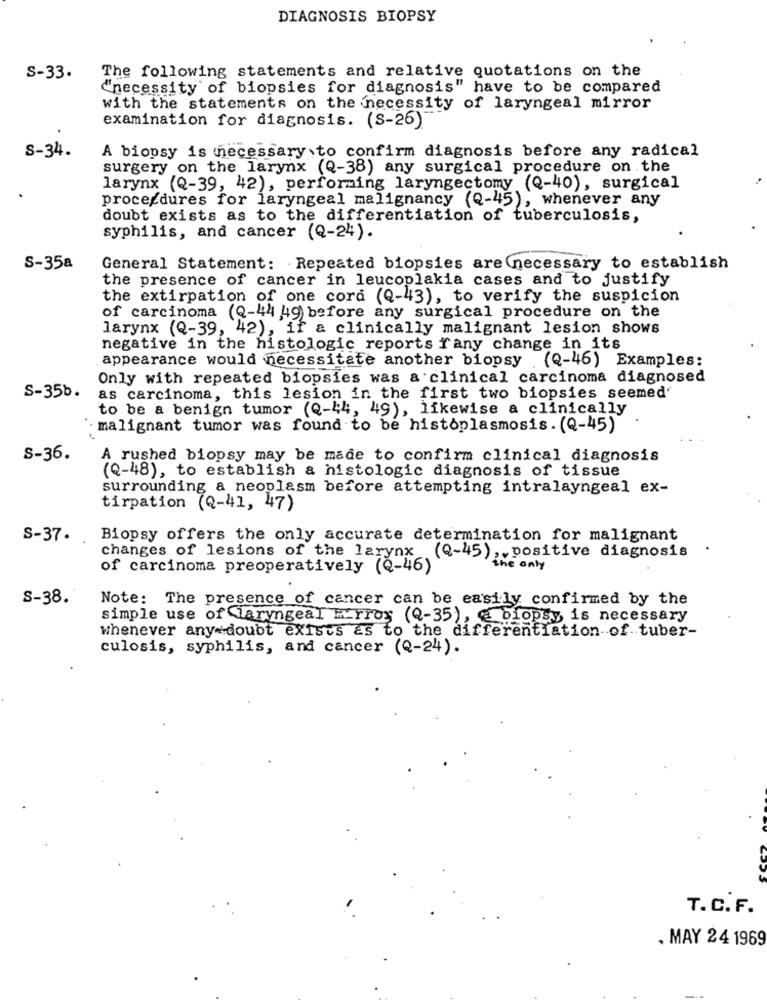
DIAGNOSIS BIOPSY
S-33.
The following statements and relative quotations on the
"necessity of biopsies for diagnosis" have to be compared
with the statements on the necessity of laryngeal mirror
examination for diagnosis. (S-26)
S-34.
A biopsy is necessary to confirm diagnosis before any radical
surgery on the larynx (Q-38) any surgical procedure on the
larynx (Q-39, 42), performing laryngectomy (Q-40), surgical
procedures for laryngeal malignancy (Q-45), whenever any
doubt exists as to the differentiation of tuberculosis,
syphilis, and cancer (Q-24).
S-35a
General Statement: Repeated biopsies are necessary to establish
the presence of cancer in leucoplakia cases and to justify
the extirpation of one cord (Q-43), to verify the suspicion
of carcinoma (Q-44 49) before any surgical procedure on the
larynx (Q-39, 42), if a clinically malignant lesion shows
negative in the histologic reports rany change in its
appearance would necessitate another biopsy (Q-46) Examples:
Only with repeated biopsies was a clinical carcinoma diagnosed
S-35b.
as carcinoma, this lesion in the first two biopsies seemed'
to be a benign tumor (Q-44, 49), likewise a clinically
. malignant tumor was found to be histoplasmosis. (Q-45)
S-36.
A rushed biopsy may be made to confirm clinical diagnosis
(Q-48), to establish a histologic diagnosis of tissue
surrounding a neoplasm before attempting intralayngeal ex-
tirpation (Q-41, 47)
S-37.
Biopsy offers the only accurate determination for malignant
changes of lesions of the larynx (Q-45) ,, positive diagnosis
of carcinoma preoperatively (Q-46)
the only
S-38.
Note: The presence of cancer can be easily confirmed by the
simple use of laryngeal Error (Q-35), @ biopsy is necessary
whenever any doubt exists as to the differentiation of tuber-
culosis, syphilis, and cancer (Q-24).
T.C.F.
. MAY 24 1969